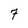
Character: 7